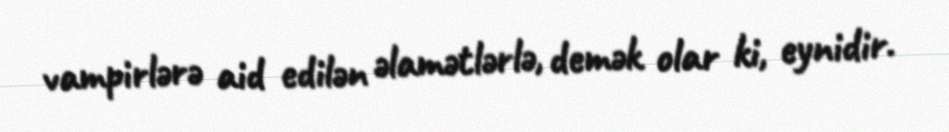
vampirlərə aid edilən əlamətlərlə, demək olar ki, eynidir.